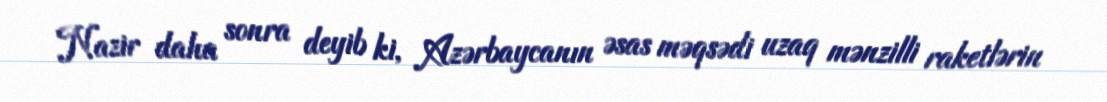
Nazir daha sonra deyib ki, Azərbaycanın əsas məqsədi uzaq mənzilli raketlərin